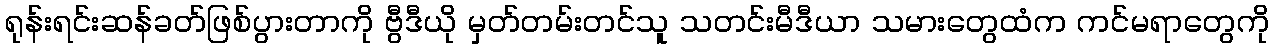
ရုန်းရင်းဆန်ခတ်ဖြစ်ပွားတာကို ဗွီဒီယို မှတ်တမ်းတင်သူ သတင်းမီဒီယာ သမားတွေထံက ကင်မရာတွေကို